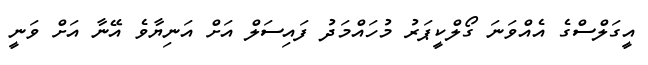
އީގަލްސްގެ އެއްވަނަ ގޯލްކީޕަރު މުހައްމަދު ފައިސަލް އަށް އަނިޔާވެ އޭނާ އަށް ވަނީ